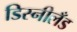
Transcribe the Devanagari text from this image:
डिस्नीलँड